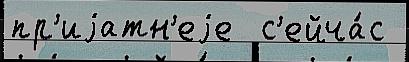
пр'иjатн'еjе  с'ейча́с